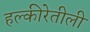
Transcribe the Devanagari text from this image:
हल्‍कीरेतीली